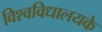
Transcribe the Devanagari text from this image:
विश्वविधालयके